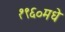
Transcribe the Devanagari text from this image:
१९६०मधे